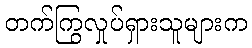
တက်ကြွလှုပ်ရှားသူများက